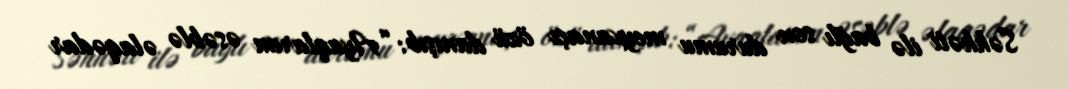
Səhhəti ilə bağlı son durumu meyxanaçı özü danışıb: “Ayaqlarım əsəblə əlaqədar